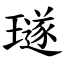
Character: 璲